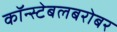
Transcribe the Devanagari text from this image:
कॉन्स्टेबलबरोबर